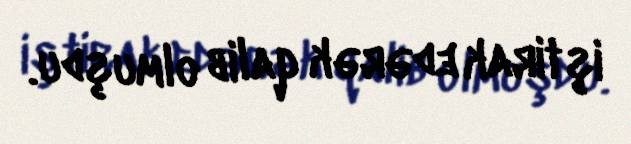
iştirak edərək qalib olmuşdu.